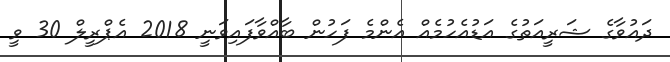
ދައުވާގެ ޝަރީއަތުގެ އަޑުއެހުމެއް އެންމެ ފަހުން ބާއްވާފައިވަނީ 2018 އެޕްރީލް 30 ވީ